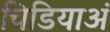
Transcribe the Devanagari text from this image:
चिडियाअं